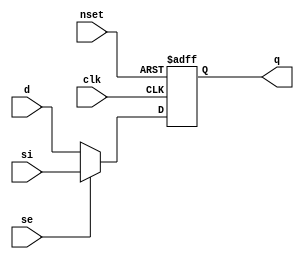
// This program was cloned from: https://github.com/aolofsson/oh
// License: MIT License

//#############################################################################
//# Function:  Positive edge-triggered static D-type flop-flop with async     #
//#            active low preset and scan input.                              # 
//# Copyright: OH Project Authors. ALl rights Reserved.                       #
//# License:   MIT (see LICENSE file in OH repository)                        # 
//#############################################################################

module oh_sdffsq #(parameter DW = 1) // array width
   (
    input [DW-1:0] 	d,
    input [DW-1:0] 	si,
    input [DW-1:0] 	se,
    input [DW-1:0] 	clk,
    input [DW-1:0] 	nset,
    output reg [DW-1:0] q
    );
   
   always @ (posedge clk or negedge nset)
     if(!nset)
       q <= {DW{1'b1}};
     else
       q <= se ? si : d;
      
endmodule